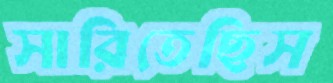
সারিতেছিস